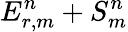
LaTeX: E_{r,m}^{n}+S_{m}^{n}